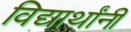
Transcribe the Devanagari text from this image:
विद्यार्थांनी